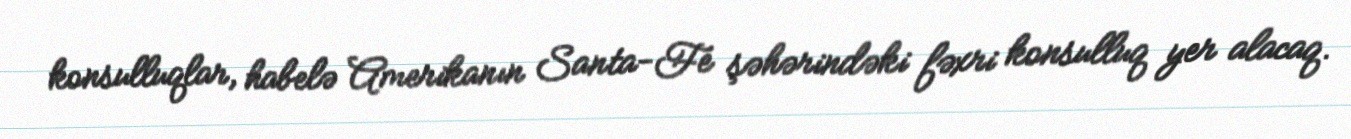
konsulluqlar, habelə Amerikanın Santa-Fe şəhərindəki fəxri konsulluq yer alacaq.